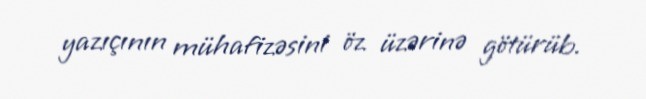
yazıçının mühafizəsini öz üzərinə götürüb.